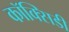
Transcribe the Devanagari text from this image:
कॉक्सिडी